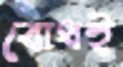
বোধই